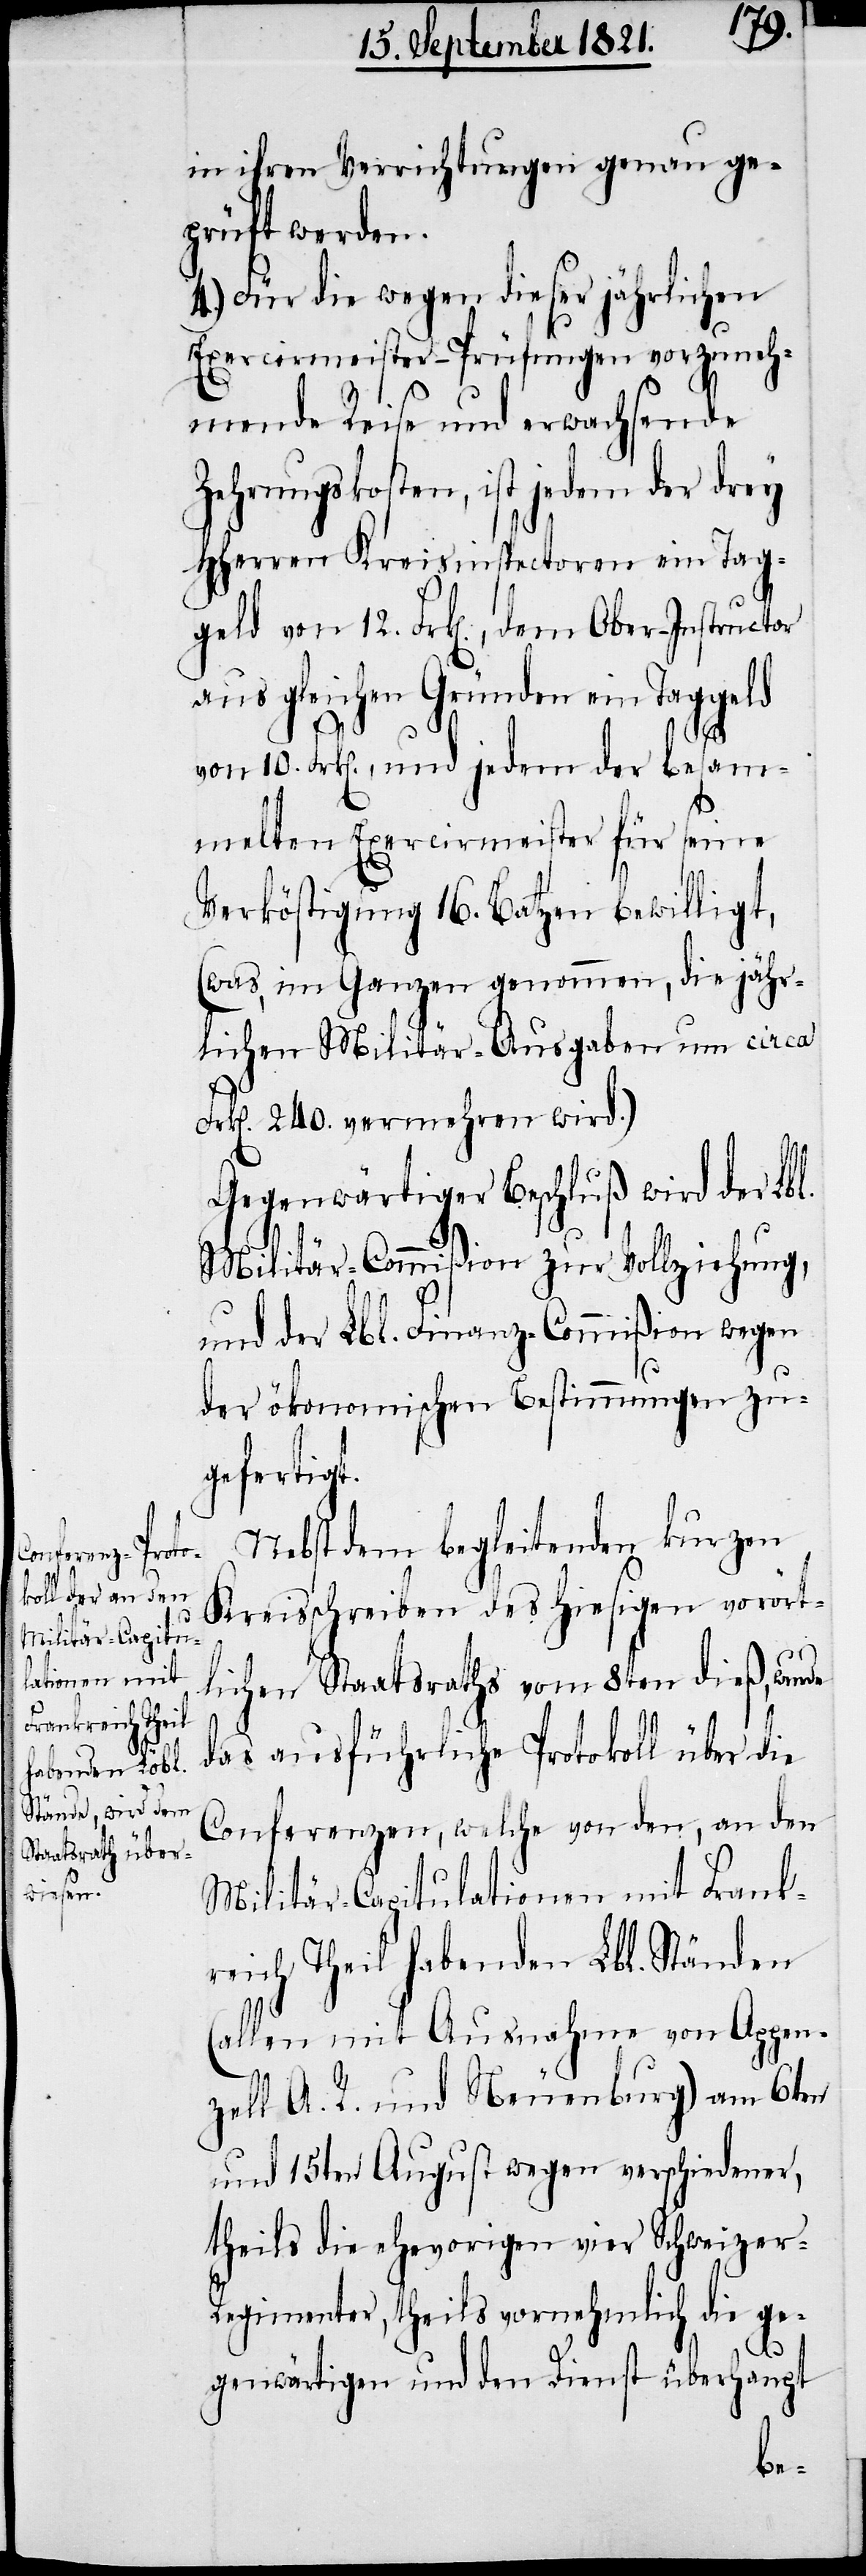
8ten dieß,

in ihren Verrichtungen genau ge¬
prüft werden.
4.) Für die wegen dieser jährlichen
Exerciermeister-Prüfungen vorzuneh¬
mende Reise und erwachsende
Zehrungskosten, ist jedem der drey
HHerren Kreisinspectoren ein Tag¬
geld von 12. Frk[en]., dem Ober-Inspector
aus gleichen Gründen ein Taggeld
von 10. Frk[en]., und jedem der besam¬
melten Exerciermeister für seine
Verköstigung 16. Batzen bewilligt,
(was, im Ganzen genommen, die jähr¬
lichen Militär-Ausgaben um circa
Frk[en]. 240. vermehren wird.)
Gegenwärtiger Beschluß wird der Lbl.
Militär-Commißion zur Vollziehung,
und der Lbl. Finanz-Commißion wegen
der ökonomischen Bestimmungen zu¬
gefertigt.
Nebst dem begleitenden kurzen
Kreisschreiben des hiesigen Staat¬
das ausführliche Protokoll über die
Conferenzen, welche von den, an den
Militär-Capitulationen mit Frank¬
reich Theil habenden Lbl. Ständen
(allen mit Ausnahme von Appen¬
zell A. R. und Neuenburg) am 6ten
und 15ten August wegen verschiedener,
theils die ehevorigen vier Schweizer-R¬
egimenter, theils vornehmlich die ge¬
genwärtigen und den Dienst überhaupt